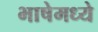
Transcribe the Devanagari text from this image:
भाषेमध्‍ये